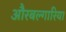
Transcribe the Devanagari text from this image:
औरबल्गारिया